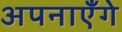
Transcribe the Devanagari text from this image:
अपनाएँगे